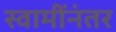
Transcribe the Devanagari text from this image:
स्वामींनंतर